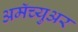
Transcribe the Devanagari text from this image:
अमॅच्युअर